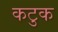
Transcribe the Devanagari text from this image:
कटुक